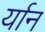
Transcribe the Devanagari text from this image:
र्यान